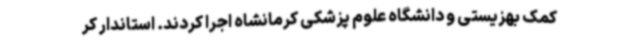
کمک بهزیستی و دانشگاه علوم پزشکی کرمانشاه اجرا کردند. استاندار کر